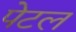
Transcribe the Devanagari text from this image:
पेटल